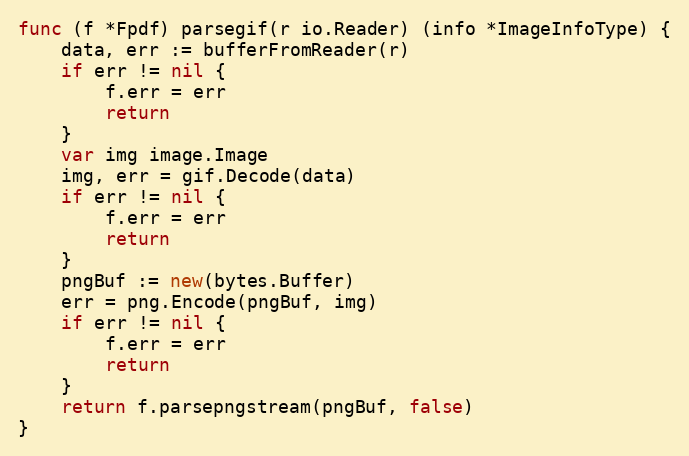
Language: Go
func (f *Fpdf) parsegif(r io.Reader) (info *ImageInfoType) {
	data, err := bufferFromReader(r)
	if err != nil {
		f.err = err
		return
	}
	var img image.Image
	img, err = gif.Decode(data)
	if err != nil {
		f.err = err
		return
	}
	pngBuf := new(bytes.Buffer)
	err = png.Encode(pngBuf, img)
	if err != nil {
		f.err = err
		return
	}
	return f.parsepngstream(pngBuf, false)
}